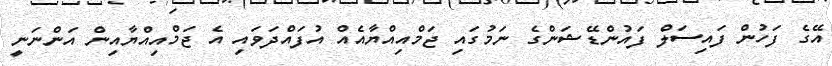
އޭގެ ފަހުން ފައިސަލް ފައުންޑޭޝަންގެ ނަމުގައި ޖަމްއިއްޔާއެއް އުފައްދަވައި އެ ޖަމްއިއްޔާއިން އަންނަނީ